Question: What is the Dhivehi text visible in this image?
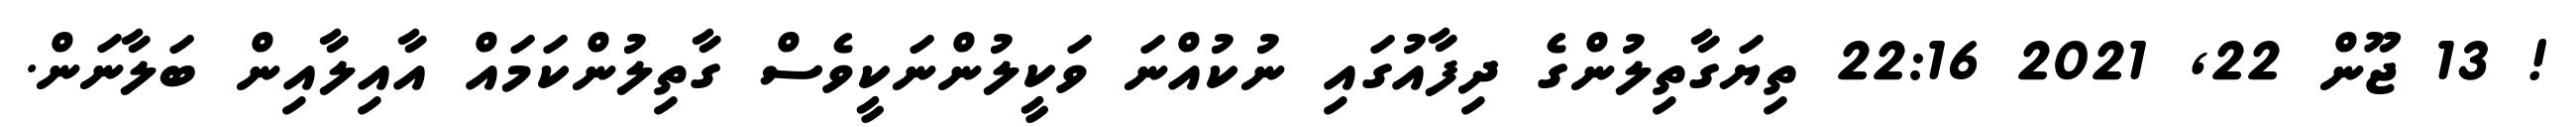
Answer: ! 13 ޖޫން 22, 2021 22:16 ތިޔަގާތިލުންގެ ދިފާއުގައި ނުކުއްނަ ވަކީލުންނަކީވެސް ގާތިލުންކަމައް އާއިލާއިން ބަލާނަން.